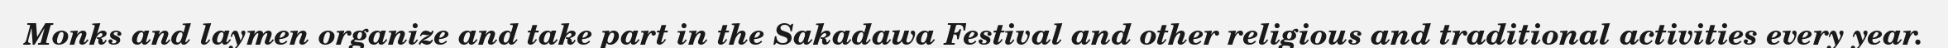
Monks and laymen organize and take part in the Sakadawa Festival and other religious and traditional activities every year.